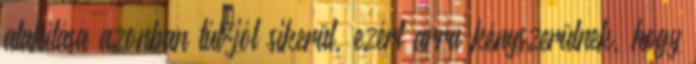
alakítása azonban túl jól sikerül, ezért arra kényszerülnek, hogy